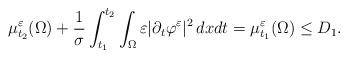
LaTeX: \begin{align*}\mu _{t_2} ^\varepsilon (\Omega) +\frac{1}{\sigma}\int_{t_1} ^{t_2} \int _{\Omega} \varepsilon |\partial _t \varphi ^\varepsilon |^2 \, dxdt = \mu ^\varepsilon _{t_1} (\Omega) \leq D_1.\end{align*}